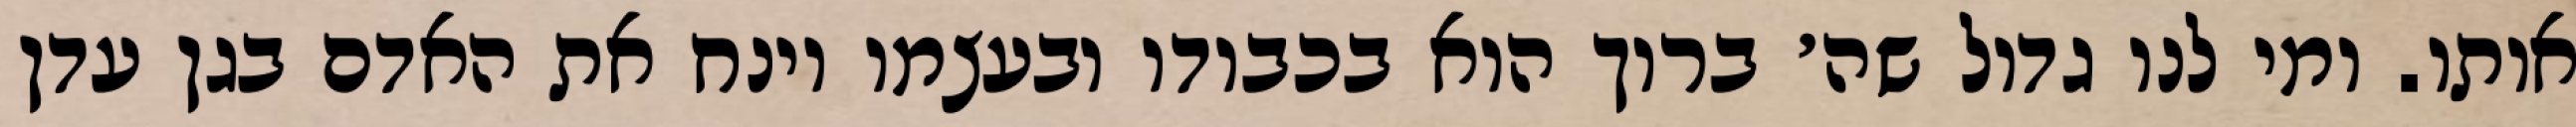
אותו. ומי לנו גדול שה׳ ברוך הוא בכבודו ובעצמו וינח את האדם בגן עדן